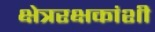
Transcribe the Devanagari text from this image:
क्षेत्ररक्षकांशी